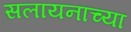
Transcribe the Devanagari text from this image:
सलायनाच्या